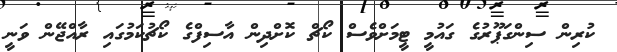
ކުރިން ސިންގަޕޫރުގެ ގައުމީ ޓީމަށްވެސް ކޯޗް ކޮށްދިން އާސިފްގެ ކޯޗުކަމުގައި ރާއްޖޭން ވަނީ